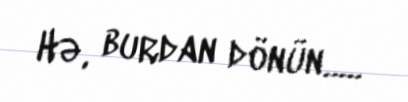
Hə, burdan dönün.....